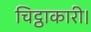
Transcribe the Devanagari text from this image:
चिट्ठाकारी।